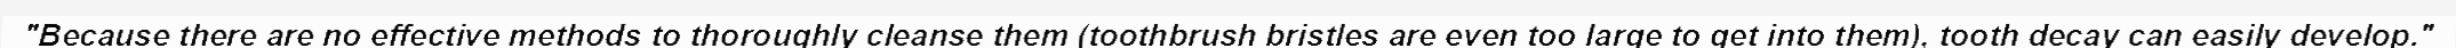
"Because there are no effective methods to thoroughly cleanse them (toothbrush bristles are even too large to get into them), tooth decay can easily develop."